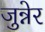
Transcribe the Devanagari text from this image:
जुन्नेर